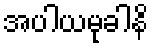
အပါယမုခါနိ